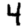
Digit: 4